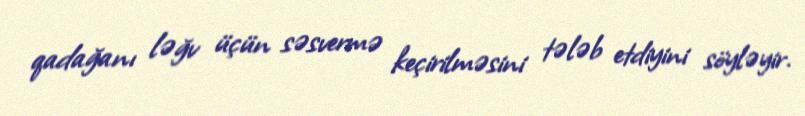
qadağanı ləğv üçün səsvermə keçirilməsini tələb etdiyini söyləyir.